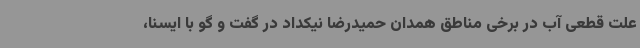
علت قطعی آب در برخی مناطق همدان حمیدرضا نیکداد در گفت و گو با ایسنا،